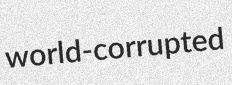
world-corrupted